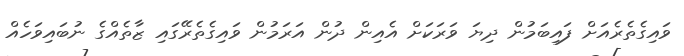
ވައިގެތެރެއަށް ފައިބަމުން ދިޔަ ވަރަކަށް އެއިން ދުން އަރަމުން ވައިގެތެރޭގައި ޒާތެއްގެ ނުބައިވަހެއް